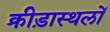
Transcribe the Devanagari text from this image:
क्रीड़ास्थलों